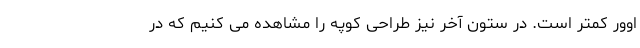
اوور کمتر است. در ستون آخر نیز طراحی کوپه را مشاهده می کنیم که در